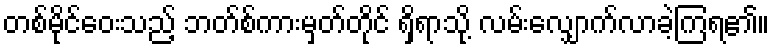
တစ်မိုင်ဝေးသည့် ဘတ်စ်ကားမှတ်တိုင် ရှိရာသို့ လမ်းလျှောက်လာခဲ့ကြရ၏။